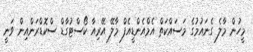
މީހުން މާލެ ގެނައުމުގެ މަސައްކަތް އެމްއެންޑީއެފް މާލޭ އޭރިއާ ކޯސްޓުގާޑް ސްކޮޑްރަންއިން ވަނީ